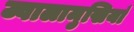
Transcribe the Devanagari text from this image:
ज्वालामुखियां